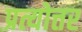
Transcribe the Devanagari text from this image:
प्रत्योत्तर